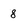
Character: 8